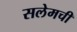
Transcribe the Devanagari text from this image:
सलेमची